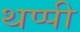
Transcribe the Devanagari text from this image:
थप्पी